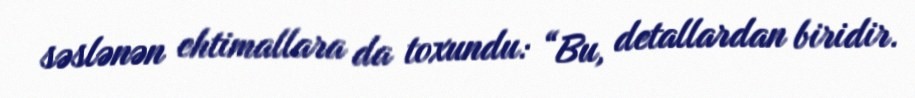
səslənən ehtimallara da toxundu: “Bu, detallardan biridir.